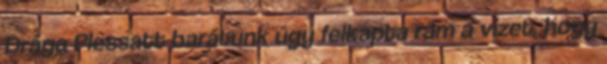
Drága Plessatt barátunk úgy felkapta rám a vizet, hogy